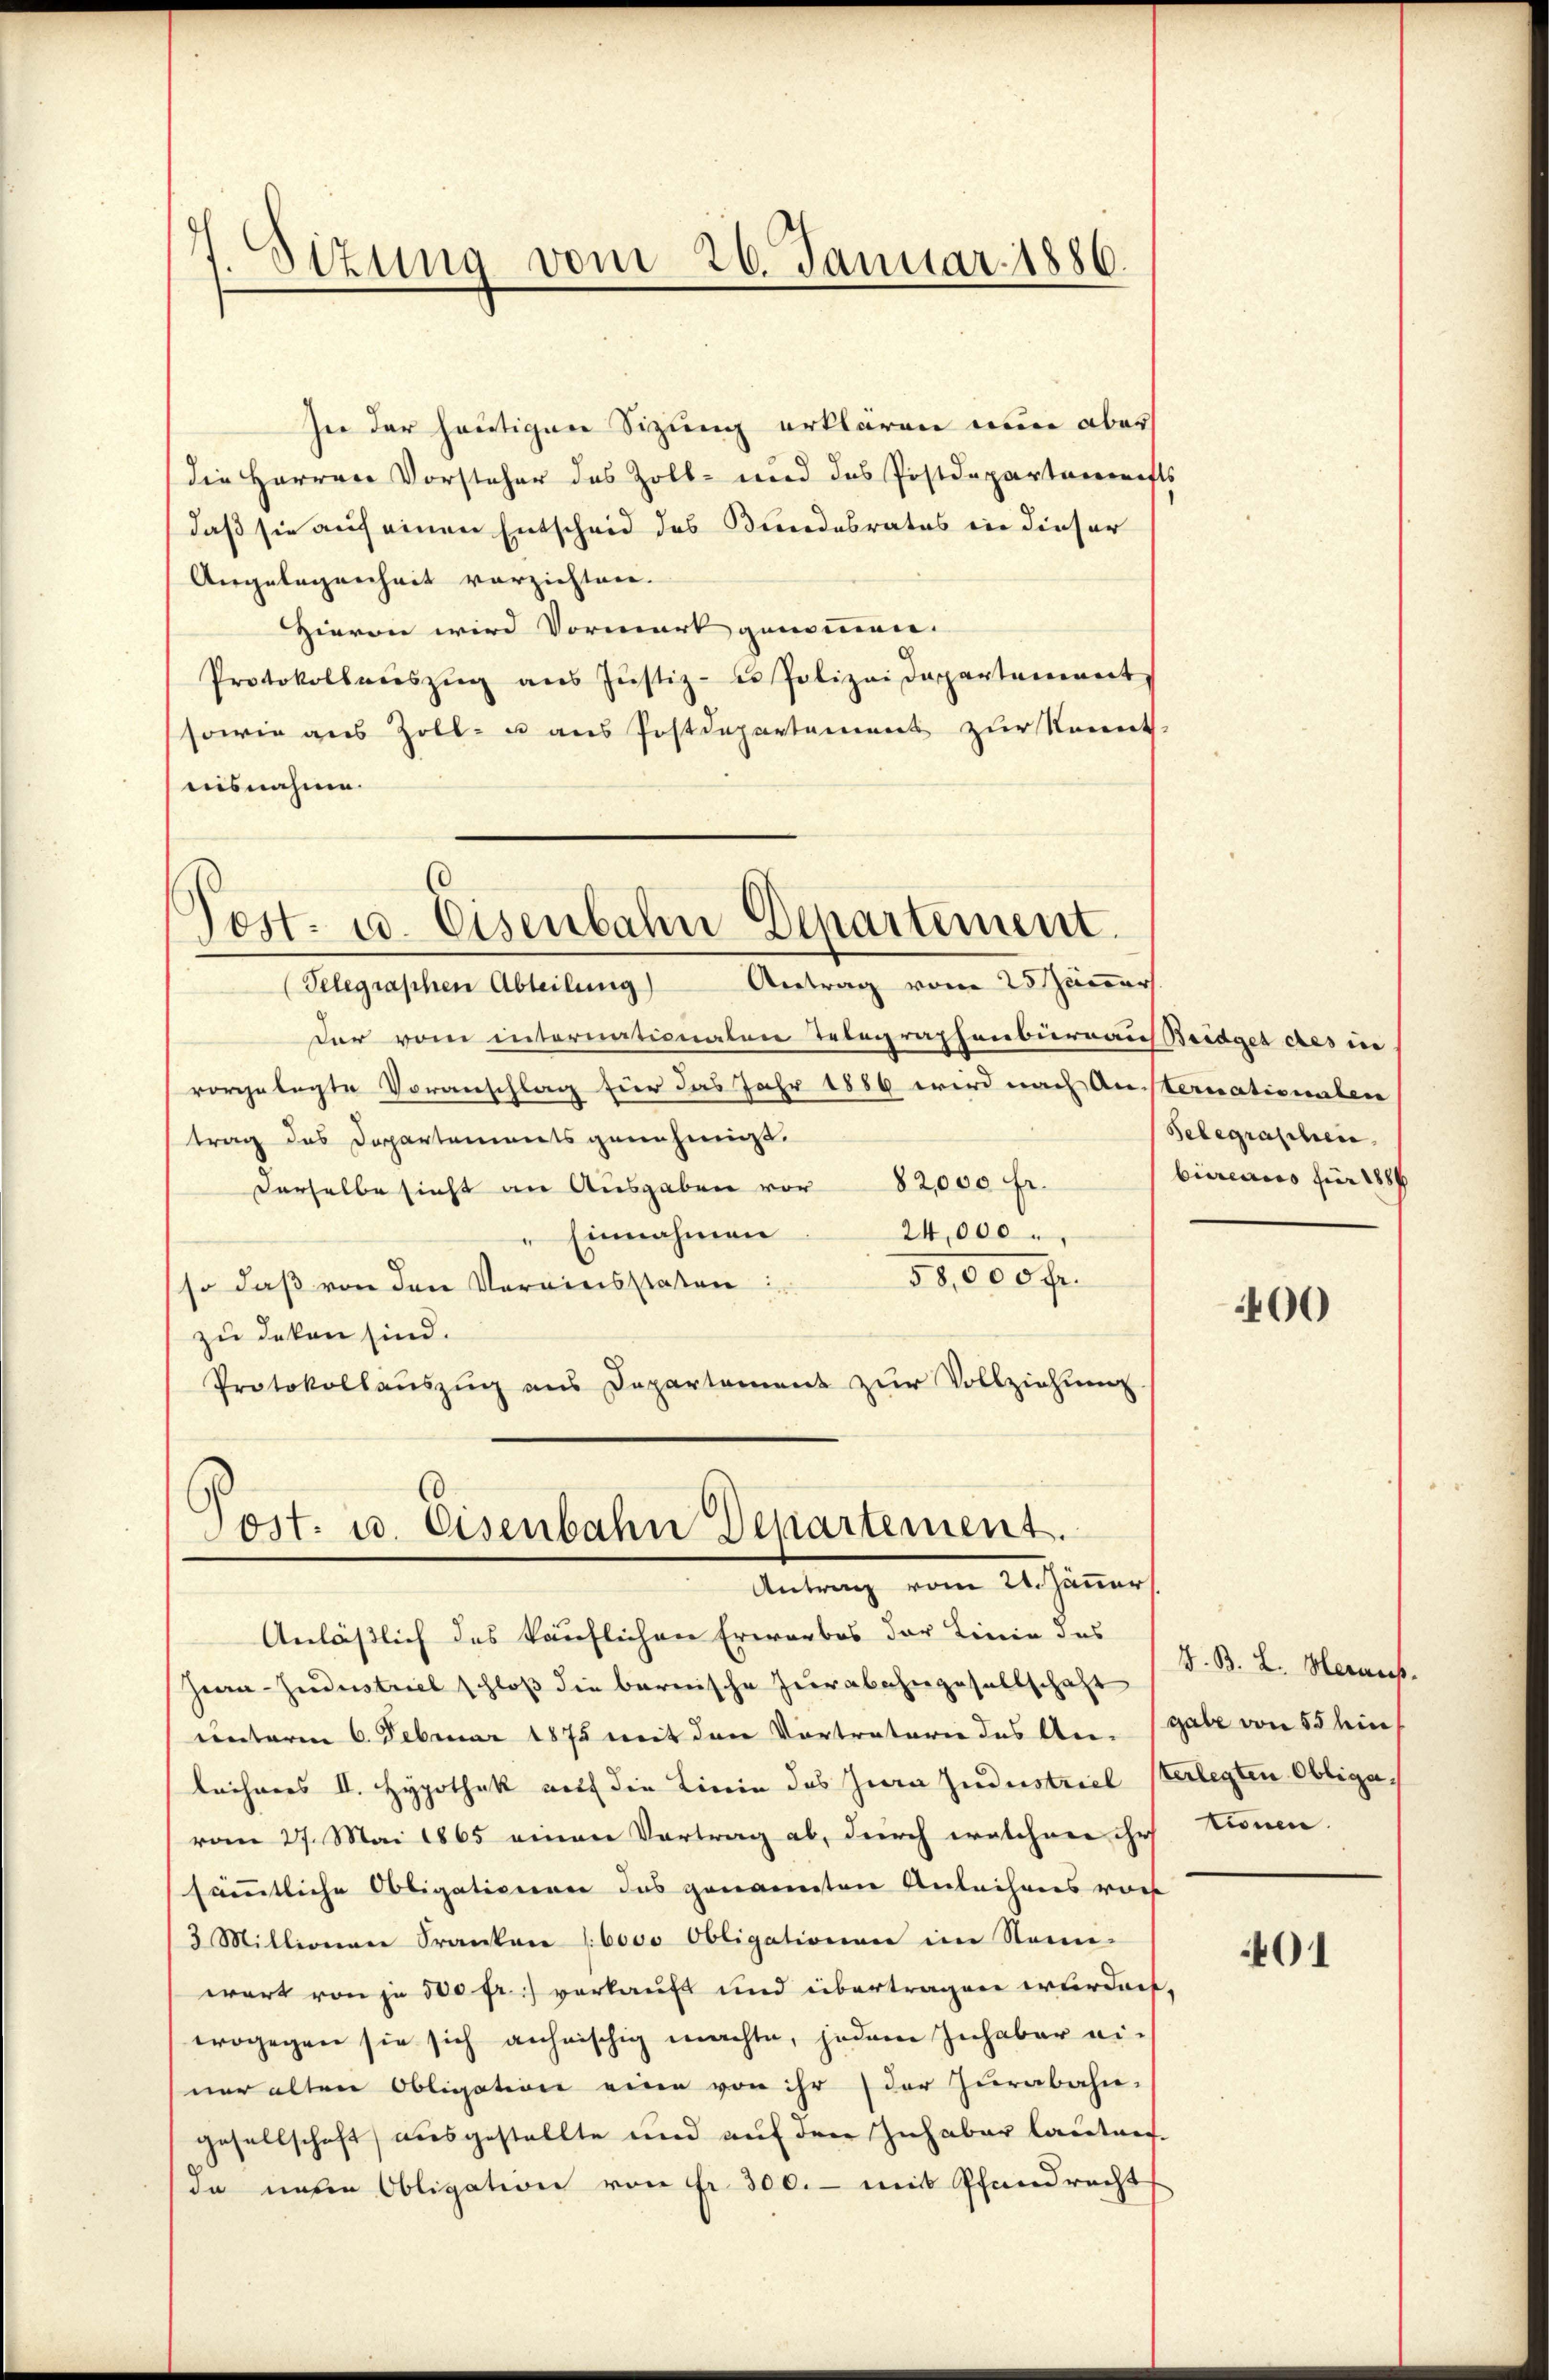
.
.
Otzung vom 26. Januar 1886.

Post- u. Eisenbahn Departement.

In der heutigen Sizung erklären nun aber
die Herren Vorsteher des Zoll- und das Postdepartanerifts
daß sie auf einen Entscheid des Bundesrates in dieser
Angelegenheit verzichten.
Hievon wird Vormark genommen.
Protokollaŭszŭg aŭs Jŭstiz- u. Polizeidepartement
sowie aus Zoll- u aus Postdepartement zur Kennt
nisnahme.
(Telegraphen Abteilung) Antrag vom 25 aner
Der vom internationalen Telegraphenbureaus Beidget des in
vorgelegte Voranschlag für das Jahr 1886 wird nach Ansternationalen
trag des Departements genehmigt.
Derselbe sicht an Ausgaben vor 82,000 fr.
Einnahmen
24,000
58,000 fr.
so daß von den Vereinsstaten
zu deken sind.
Protokollauszug aus Departament zur Vollziehung
Post. u. Eisenbahn Departement.
Antrag vom 21. Jänner
Anläßlich des käuflichen Erwarbes der Linie des
Jean Jndustriel schloß die bernische Zurabahngesellschaft
unterm 6. Februar 1875 mit den Vortraterie des Angabe von 55 hin
leichners II. Hypothek auf die Linie des Jura Jndustriel Verlegten Obligavom 27. Mai 1865 einen Vortrag ab, durch welchen ihr
sämmtliche Obligationen das genannten Anleihens vor
3 Millionen Franken (6000 Obligationen im Sonn-
wart von je 500 fr.) verkauft und übertragen erfordert,
wogegen sie sich anheischig machte, jedem Inhaber einer alten Obligation eine von ihr (der Zurabahn-
gesellschaft) ausgestellte und auf den Inhaber lautres.
da neue Obligation von fr. 300. - mit Pfandrecht

Selegraschen.
bureaus für 1886

400

V. B. L. Heraus.
tionen.

01